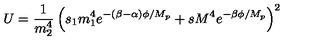
U = \frac { 1 } { m _ { 2 } ^ { 4 } } \left( s _ { 1 } m _ { 1 } ^ { 4 } e ^ { - ( \beta - \alpha ) \phi / M _ { p } } + s M ^ { 4 } e ^ { - \beta \phi / M _ { p } } \right) ^ { 2 }